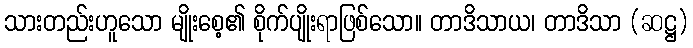
သားတည်းဟူသော မျိုးစေ့၏ စိုက်ပျိုးရာဖြစ်သော။ တာဒိသာယ၊ တာဒိသာ (ဆဋ္ဌ)